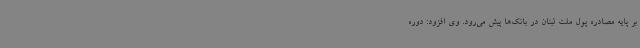
بر پایه مصادره پول ملت لبنان در بانک‌ها پیش می‌رود. وی افزود: دوره